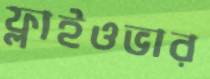
ফ্লাইওভার